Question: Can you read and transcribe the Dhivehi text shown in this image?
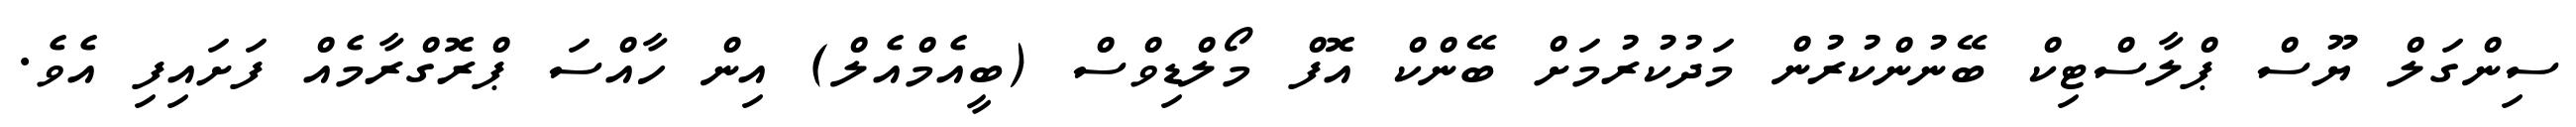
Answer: ސިންގަލް ޔޫސް ޕްލާސްޓިކް ބޭނުންކުރުން މަދުކުރުމަށް ބޭންކް އޮފް މޯލްޑިވްސް (ބީއެމްއެލް) އިން ހާއްސަ ޕްރޮގްރާމެއް ފަށައިފި އެވެ.